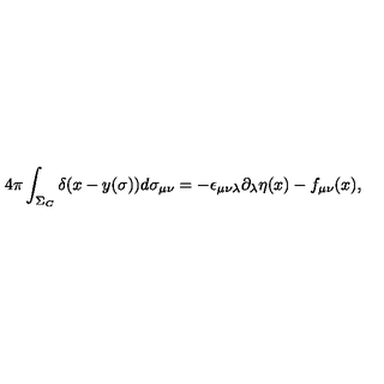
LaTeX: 4 \pi \int _ { \Sigma _ { C } } \delta ( x - y ( \sigma ) ) d \sigma _ { \mu \nu } = - \epsilon _ { \mu \nu \lambda } \partial _ { \lambda } \eta ( x ) - f _ { \mu \nu } ( x ) ,